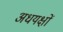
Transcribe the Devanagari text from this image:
अधयक्षों